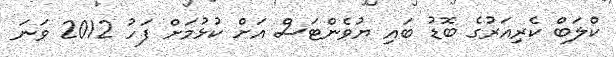
ކްލަބް ކެރިއަރުގެ ބޮޑު ބައި ޔުވެންޓަސް އަށް ކުޅުމަށް ފަހު 2012 ވަނަ